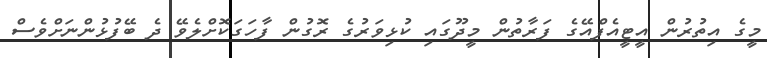
މީގެ އިތުރުން އީޓީއެފްއޭގެ ފަރާތުން މީދޫގައި ކުޅިވަރުގެ ރޮގުން ފާހަގަކޮށްލެވޭ ދެ ބޭފުޅުންނަށްވެސް